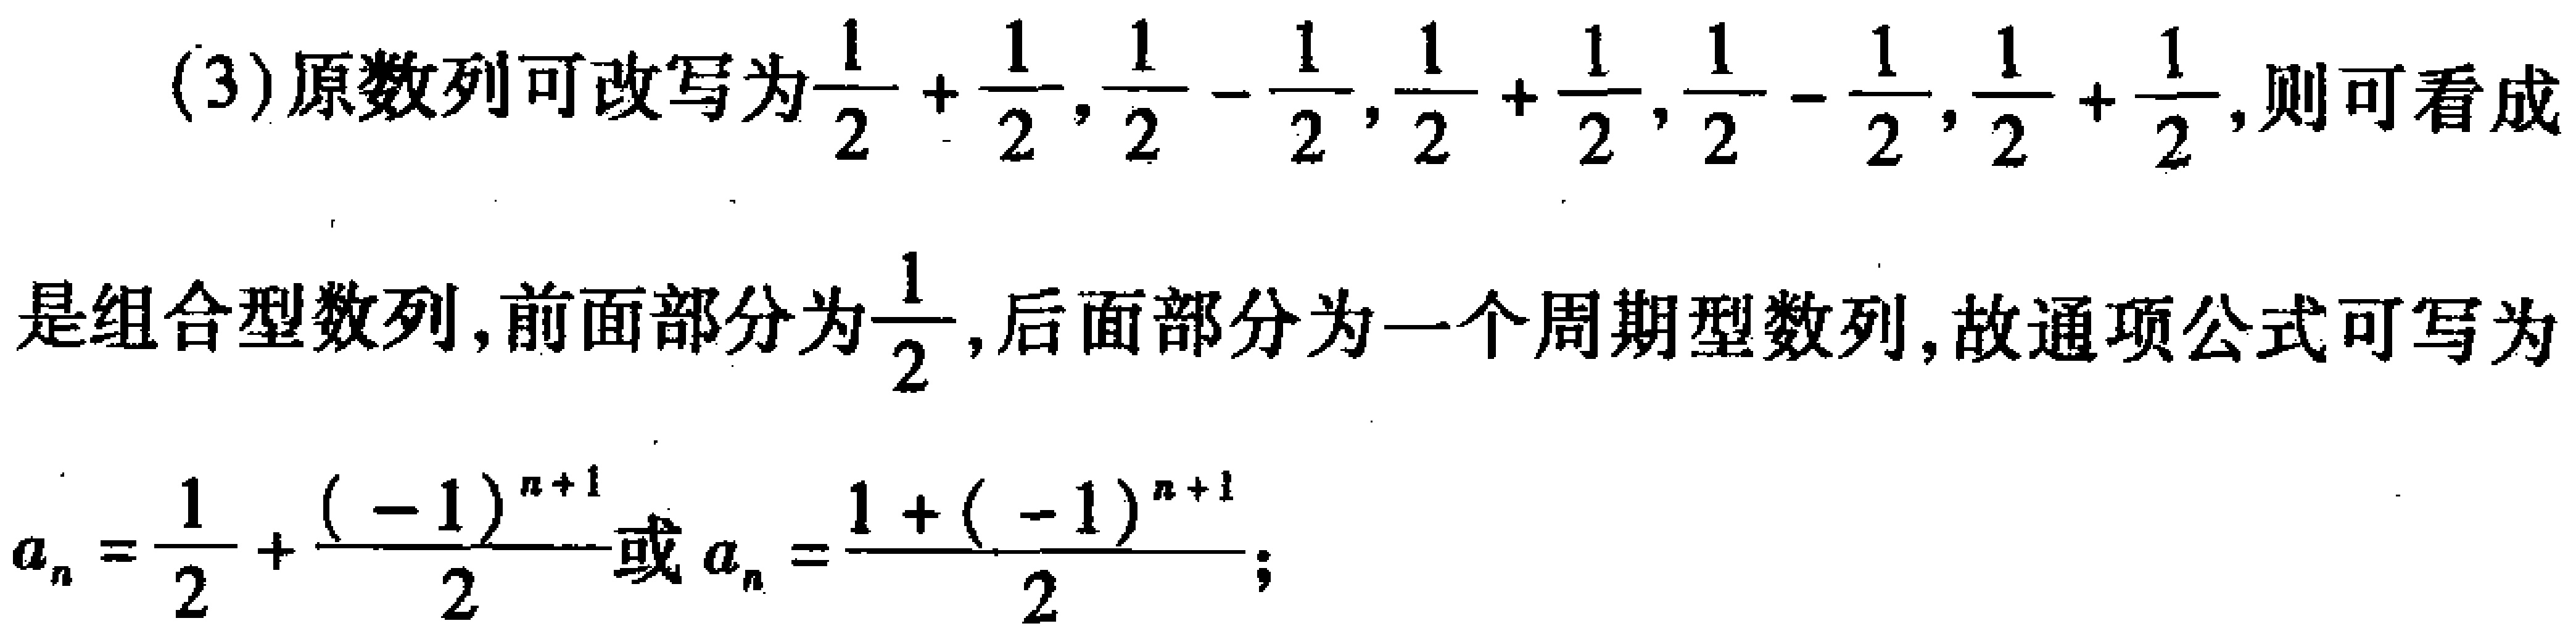
(3)原数列可改写为$\frac{1}{2}+\frac{1}{2},\frac{1}{2}-\frac{1}{2},\frac{1}{2}+\frac{1}{2},\frac{1}{2}-\frac{1}{2},\frac{1}{2}+\frac{1}{2}$,则可看成
是组合型数列,前面部分为$\frac{1}{2}$,后面部分为一个周期型数列,故通项公式可写为
$a_{n}=\frac{1}{2}+\frac{(-1)^{n + 1}}{2}或a_{n}=\frac{1+(-1)^{n + 1}}{2};$